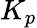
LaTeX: K_{p}